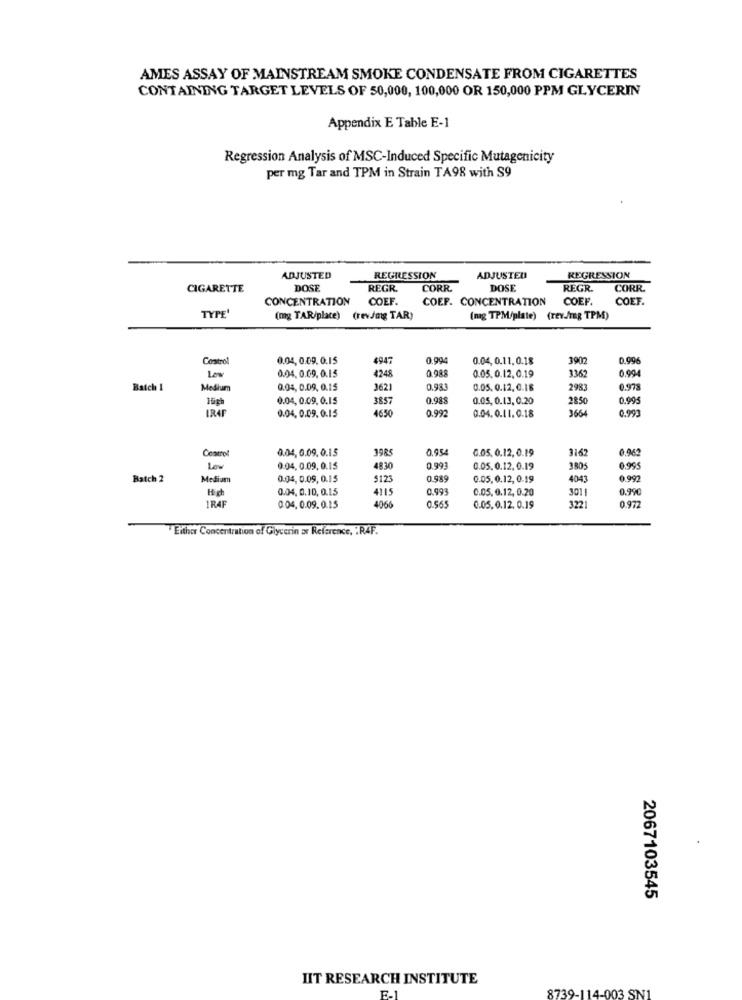
AMES ASSAY OF MAINSTREAM SMOKE CONDENSATE FROM CIGARETTES
CONTAINING TARGET LEVELS OF 50,000, 100,000 OR 150,000 PPM GLYCERIN
Appendix E Table E-1
Regression Analysis of MSC-Induced Specific Mutagenicity
per mg Tar and TPM in Strain TA98 with S9
ADJUSTED
REGRESSION
ADJUSTED
REGRESSION
CIGARETTE
DOSE
REGR.
CORR
DOSE
REGR.
CORR.
CONCENTRATION
COEF.
COEF. CONCENTRATION
COEF.
COEF.
TYPE
(mg TAR/place)
(rev/mg TAR)
(ng TPM/plate) (rev./mg TPM)
Centro
0.04. 0.09. 0.15
4947
0.99
0.04. 0.11.0.18
3902
0.99
0.04. 0.09. 0.15
0.98
0.05.0.12.0.19
0,99
Low
4248
3362
Batch 1
Medium
0.04, 0.09. 0.15
3621
0.933
0.05. 0.12. 0.18
2983
0.978
High
0.04. 0.09. 0.15
3857
0.98
0.05, 0.13. 0.20
2850
0.995
IRAF
0.04. 0.09.0.15
4650
0.992
3664
0.993
0.04.0.11.0.18
0.04. 0.09.0.15
39RS
0.954
6.05. 0.12. 0.19
3162
0.962
Low
0.04. 0.09. 0.15
4830
0.993
0.05.0.12. 0.19
3805
0.995
Batch 2
Medium
0.04, 0.09. 0.15
$123
0.98
0.05. 0.12, 0.19
4043
0.992
0.04. 0.10, 0,15
4115
C.993
0.05. 0.12, 0.20
301
0.990
0.565
322
IR4
0.04. 0.09.0.15
4066
0.05.0.12. 0.19
0.972
. Either Concentration of Glycerin a Reference, : R4F.
2067103545
HIT RESEARCH INSTITUTE
8739-114-003 SN1